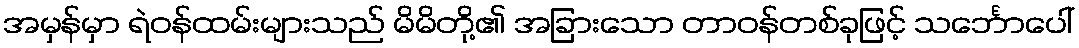
အမှန်မှာ ရဲဝန်ထမ်းများသည် မိမိတို့၏ အခြားသော တာဝန်တစ်ခုဖြင့် သင်္ဘောပေါ်